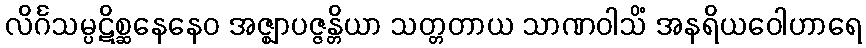
လိင်္ဂသမ္ပဋိစ္ဆနေနေဝ အဇ္ဈာပဇ္ဇန္တိယာ သတ္တတာယ သာဏဝါသိံ အနရိယဝေါဟာရေ